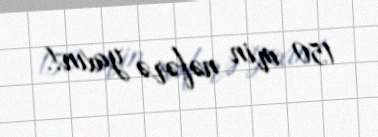
150 min nəfərə yaxın!.